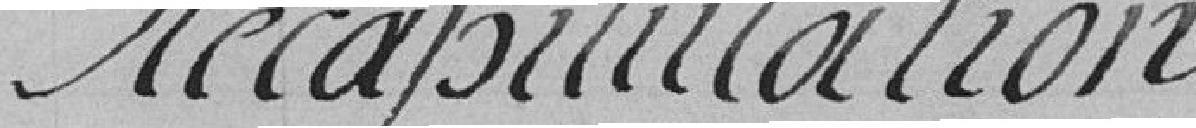
Récapitulation